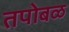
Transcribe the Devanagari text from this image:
तपोबळ